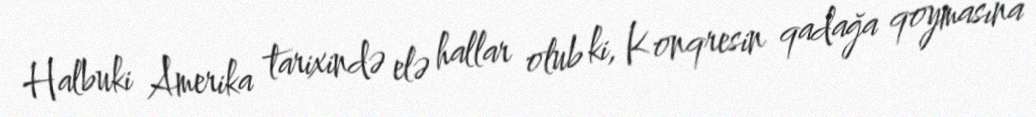
Halbuki Amerika tarixində elə hallar olub ki, Konqresin qadağa qoymasına